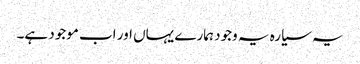
یہ سیارہ یہ وجود ہمارے یہاں اور اب موجود ہے۔